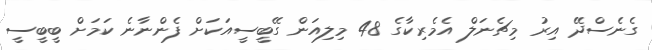
ގެނެސްދޭ އިރު މިޗެނަލް އެމެރިކާގެ 48 މިލިއަން ގޭބީސީއަކަށް ފެންނާނެ ކަމަށް ބީބީސީ